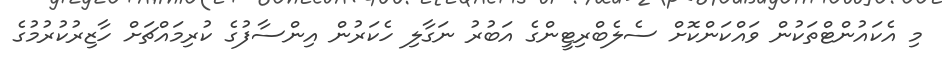
މި އެކައުންޓްތަކުން ވައްކަންކޮށް ސެލެބްރިޓީންގެ އަބުރު ނަގާލި ހެކަރުން އިންސާފުގެ ކުރިމައްޗަށް ހާޒިރުކުރުމުގެ